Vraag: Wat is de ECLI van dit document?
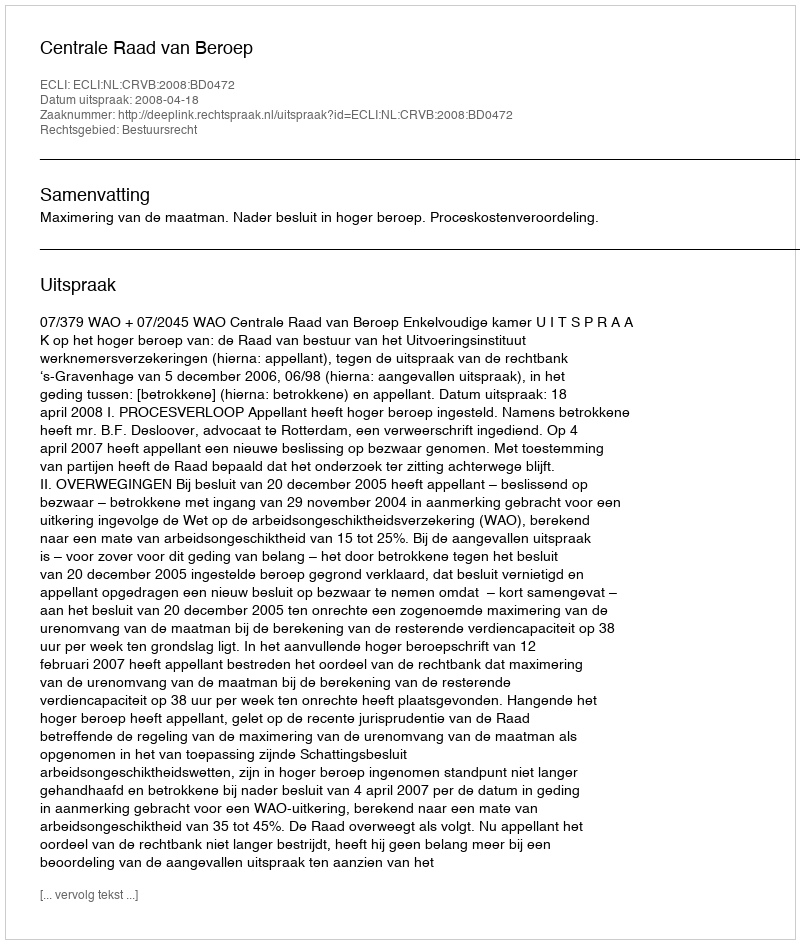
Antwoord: ECLI:NL:CRVB:2008:BD0472